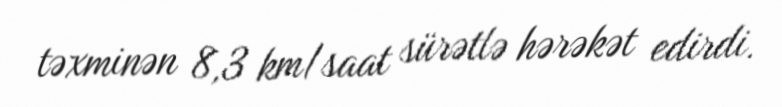
təxminən 8,3 km/saat sürətlə hərəkət edirdi.